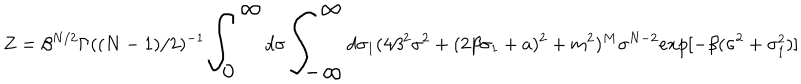
Z = \beta ^ { N / 2 } \Gamma ( ( N - 1 ) / 2 ) ^ { - 1 } { \LARGE \int _ { 0 } ^ { \infty } } d \sigma { \LARGE \int _ { - \infty } ^ { \infty } } d \sigma _ { 1 } ( 4 \beta ^ { 2 } \sigma ^ { 2 } + ( 2 \beta \sigma _ { 1 } + a ) ^ { 2 } + m ^ { 2 } ) ^ { M } \sigma ^ { N - 2 } e x p [ - \beta ( \sigma ^ { 2 } + \sigma _ { 1 } ^ { 2 } ) ]